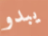
يبدو